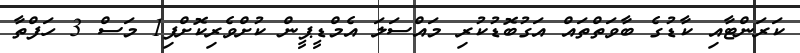
ކަރަންޓާއި ކާޑުގެ ބާވަތްތައް އަގުބޮޑުކުރި މައްސަލަ އެމްޑީޕީން ކުށްވެރިކޮށްފި1 މަސް 3 ހަފްތާ